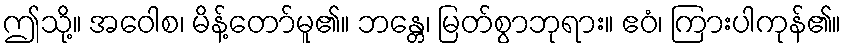
ဤသို့။ အဝေါစ၊ မိန့်တော်မူ၏။ ဘန္တေ၊ မြတ်စွာဘုရား။ ဧဝံ၊ ကြားပါကုန်၏။